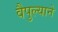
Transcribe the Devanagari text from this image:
वैपुल्याने